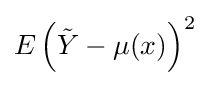
E\left({\tilde {Y}}-\mu (x)\right)^{2}